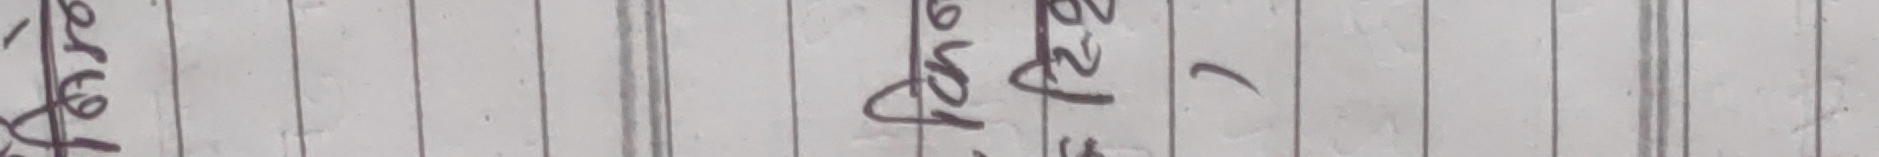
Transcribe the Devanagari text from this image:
हरिदत्त पाण्डे ।